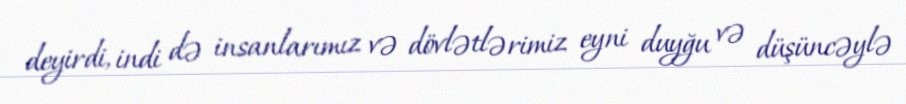
deyirdi, indi də insanlarımız və dövlətlərimiz eyni duyğu və düşüncəylə